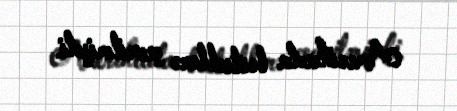
Amerikada bestsellerə çevrilmişdi.